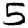
Digit: 5